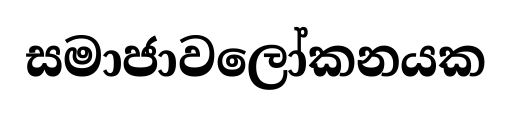
සමාජාවලෝකනයක